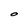
Character: O